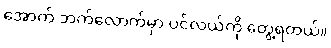
အောက် ဘက်လောက်မှာ ပင်လယ်ကို တွေ့ရတယ်။